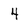
Character: 4